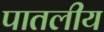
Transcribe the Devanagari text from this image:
पातलीय